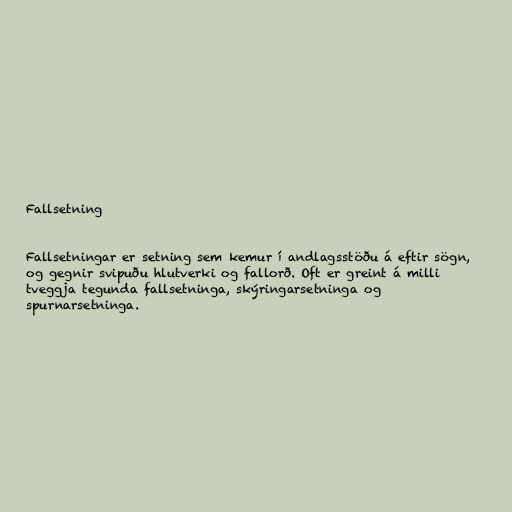
Fallsetning

Fallsetningar er setning sem kemur í andlagsstöðu á eftir sögn,
og gegnir svipuðu hlutverki og fallorð. Oft er greint á milli
tveggja tegunda fallsetninga, skýringarsetninga og
spurnarsetninga.